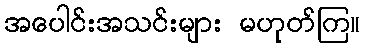
အပေါင်းအသင်းများ မဟုတ်ကြ။